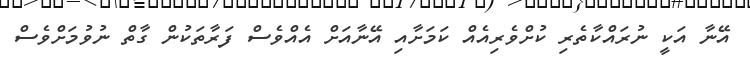
އޭނާ އަކީ ނުރައްކާތެރި ކުށްވެރިއެއް ކަމަށާއި އޭނާއަށް އެއްވެސް ފަރާތަކުން ގާތް ނުވުމަށްވެސް